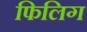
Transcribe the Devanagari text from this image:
फिलिग